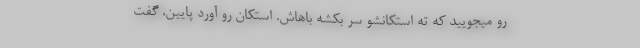
رو میجویید که ته استکانشو سر بکشه باهاش. استکان رو آورد پایین، گفت